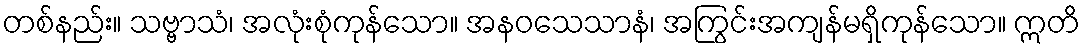
တစ်နည်း။ သဗ္ဗာသံ၊ အလုံးစုံကုန်သော။ အနဝသေသာနံ၊ အကြွင်းအကျန်မရှိကုန်သော။ ဣတိ